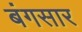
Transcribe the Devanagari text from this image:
बंगसार